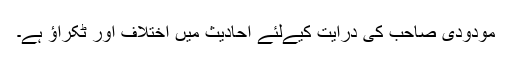
مودودی صاحب کی درایت کیےلئے احادیث میں اختلاف اور ٹکراؤ ہے۔